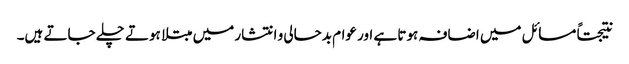
نتیجتاً مسائل میں اضافہ ہوتا ہے اور عوام بدحالی و انتشار میں مبتلا ہوتے چلے جاتے ہیں۔